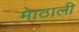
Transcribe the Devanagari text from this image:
माेठाली